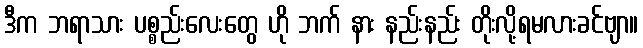
ဒီက ဘရာသား ပစ္စည်းလေးတွေ ဟို ဘက် နား နည်းနည်း တိုးလို့ရမလားခင်ဗျာ။